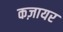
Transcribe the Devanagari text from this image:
कज़ायर